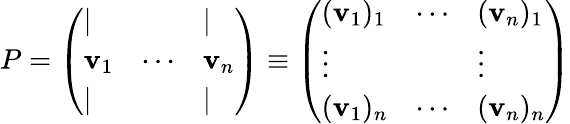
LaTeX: P={\left(\begin{array}{lll}{|}&{}&{|}\\ {\mathbf{v}_{1}}&{\cdots}&{\mathbf{v}_{n}}\\ {|}&{}&{|}\end{array}\right)}\equiv{\left(\begin{array}{lll}{(\mathbf{v}_{1})_{1}}&{\cdots}&{(\mathbf{v}_{n})_{1}}\\ {\vdots}&{}&{\vdots}\\ {(\mathbf{v}_{1})_{n}}&{\cdots}&{(\mathbf{v}_{n})_{n}}\end{array}\right)}